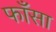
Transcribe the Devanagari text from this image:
फाँसा